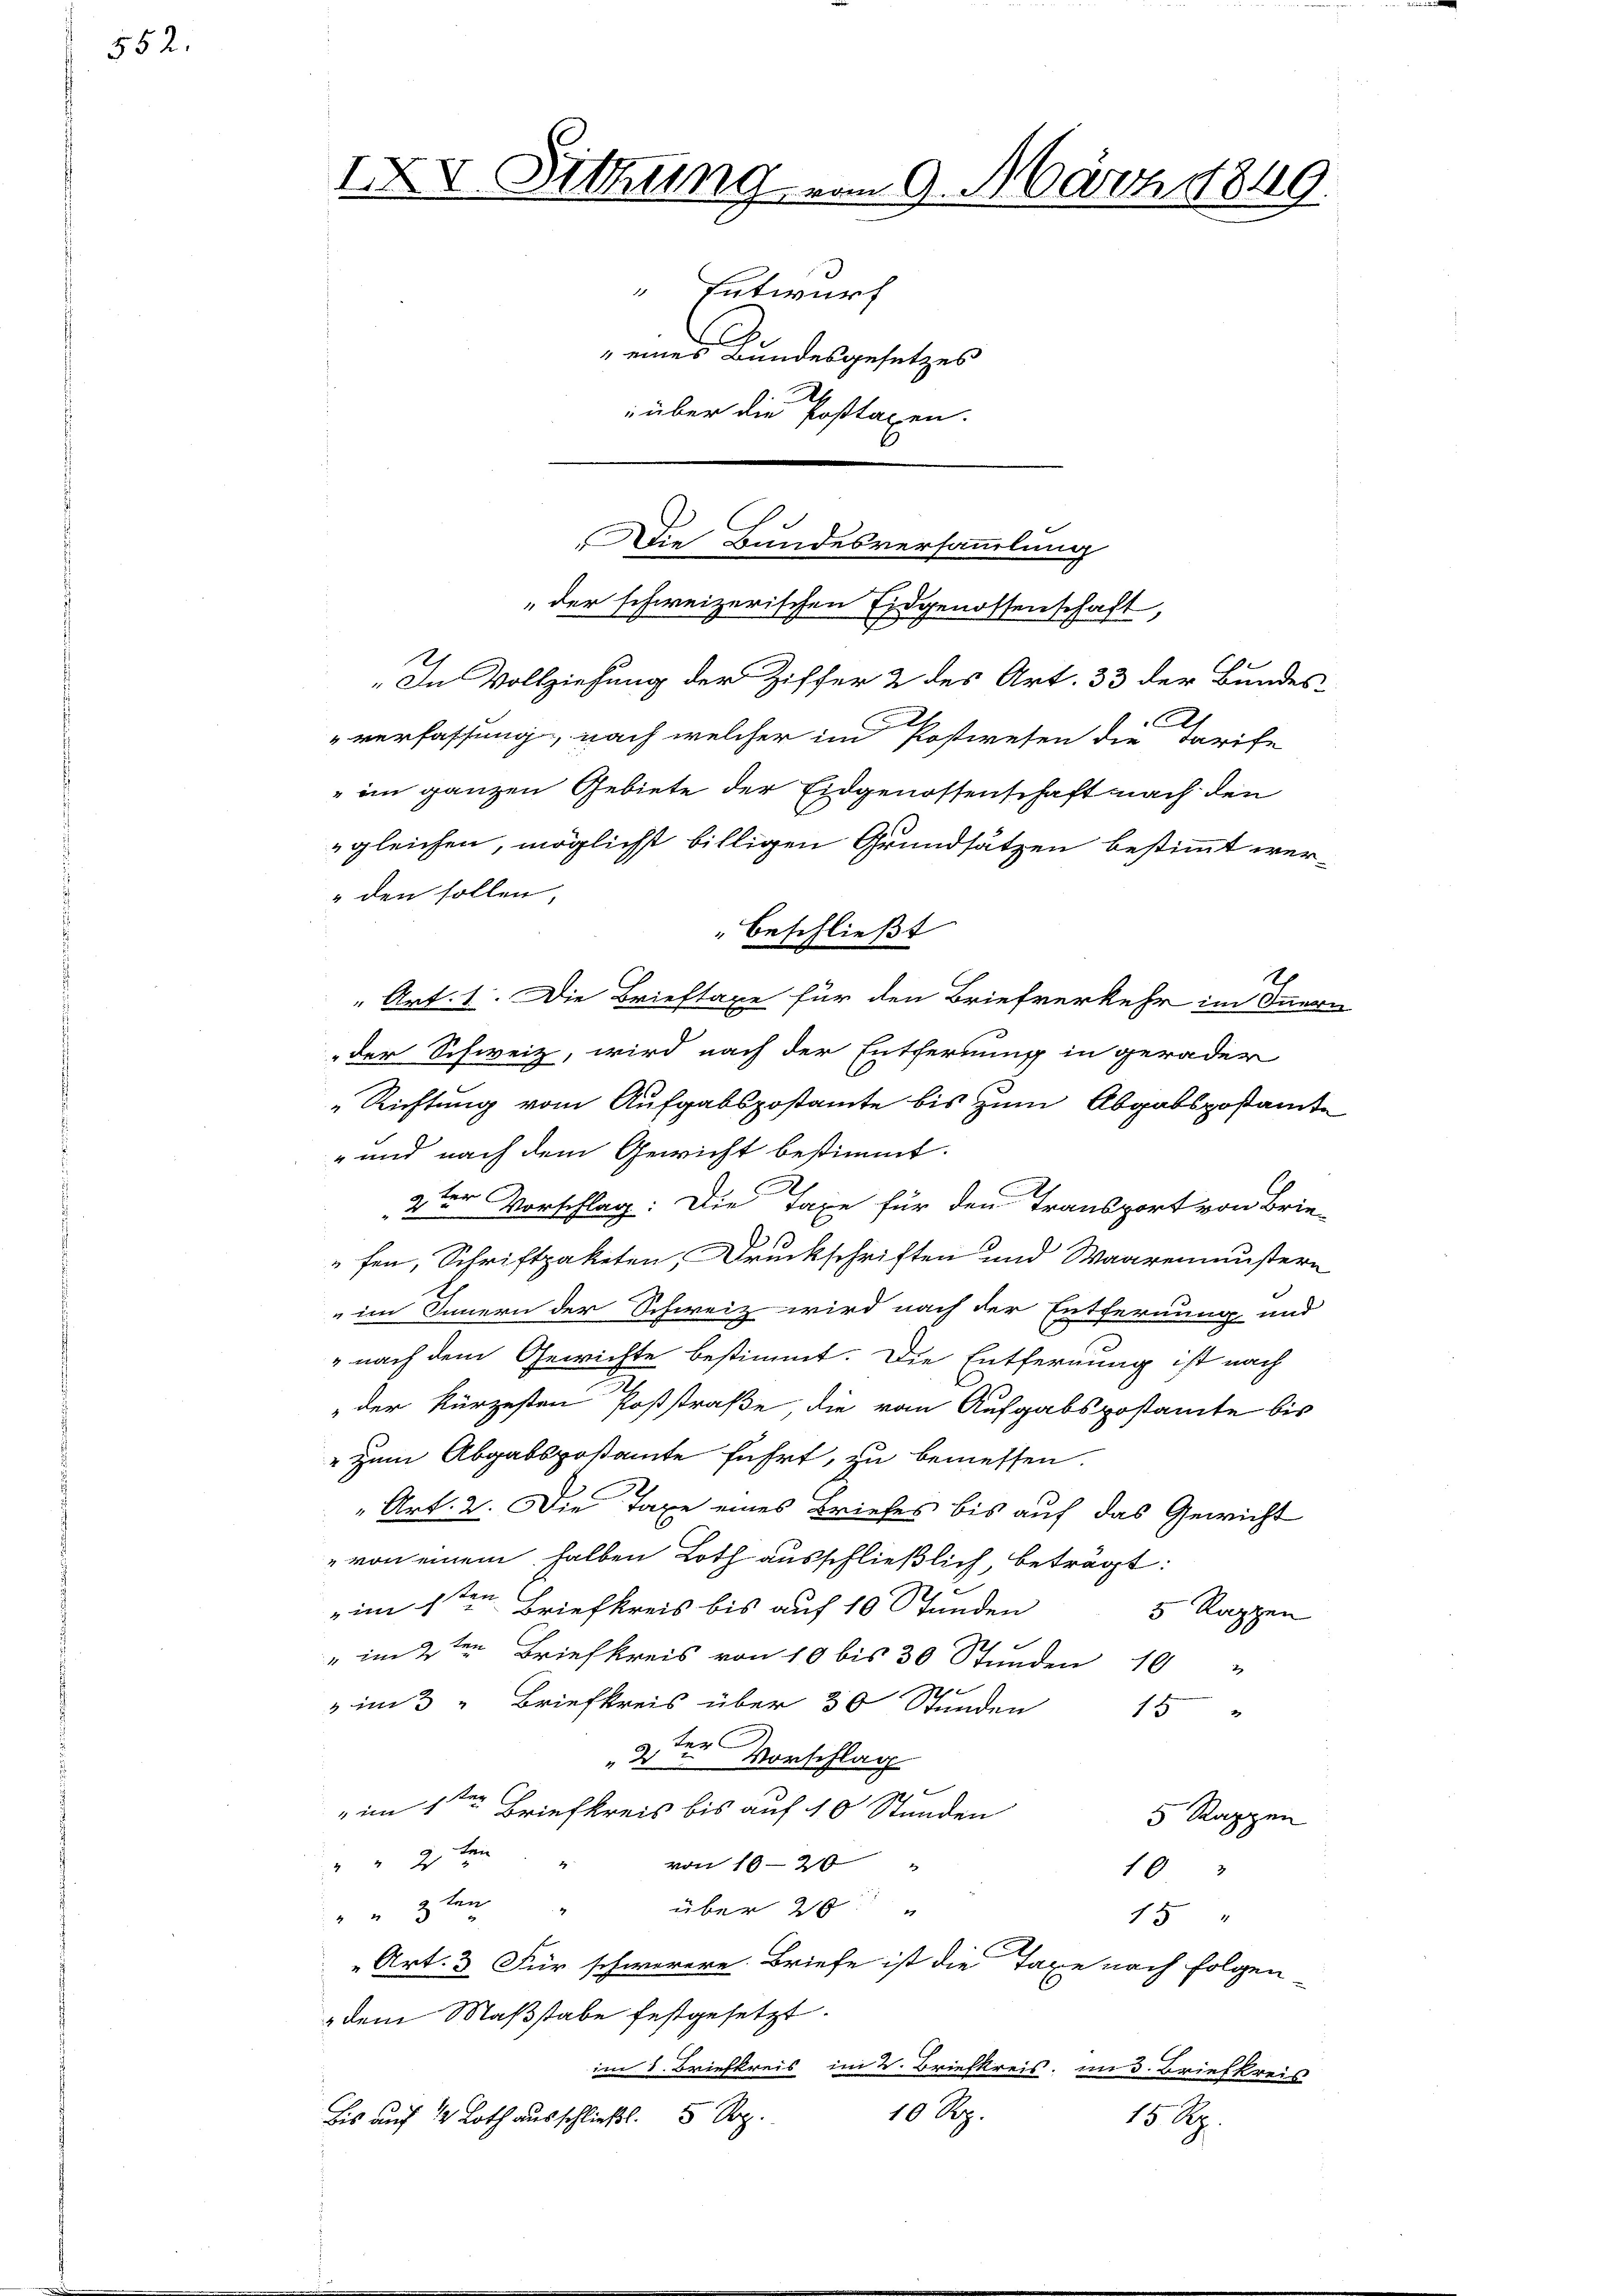
552.

IXV Sitzung vom 9. März 1840.
 Entwurf
C
.
 eines Bundesgesetzes
 über die Postaxen.

„In Vollziehung der Ziffer 2 des Art. 33 der Bundes
A.
"verfassung, nach welcher im Postwesen die Tarife
" den sollen,
der Schweiz, wird nach der Entfernung in gerader
"Richtung vom Aufgabspostamte bis zum Abgabspostamte
" und nach dem Gewicht bestimmt.
2ter Vorschlag: Die Taxe für den Transport von Brie-
1
fen, Schriftpaketen, Druckschriften und Waarenmustern
im Innern der Schweiz wird nach der Entfernung und
nach dem Gewichte bestimmt. Die Entfernung ist nach
" der kürzesten Poststraße die vom Aufgabspostamte bis
" zum Abgabspostamte führt, zu bemessen.
„Art. 2. Die Taxe eines Briefes bis auf das Gewicht
" von einem halben Loth ausschließlich, beträgt:
im 1ten Briefkreis bis auf 10 Stunden
5 Rappen
" im 2ten Briefkreis von 10 bis 30 Stunden 10 "
17
i 3 " Briefkreis über 30 Stunden 15 "
2ter Vorschlag
E
" im 1. Briefkreis bis auf 10 Stunden
5 Rappen
" " 2 ten
von 10-20
4
103
 " " 2ten über 20 "
15 "
„Art. 3. Für schwerere Briefe ist die Taxe nach folgen
" dem Maßstabe festgesetzt.
im 8. Briefkreis im V. Briefkreis, am 3. Briefkreis
10 Rp.
bis auf 12 Loth ausschließt. 5 Rp.
15 Rp.

Die Bundesversammlung
"der schweizerischen Eidgenossenschaft,

" im ganzen Gebiete der Eidgenossenschaft nach den
gleichen, möglicht billigen Grundsätzen bestimmt werbeschließt
" Art. 1. Die Brieftaxe für den Briefverkehr im Innern